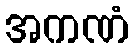
အကဏံ